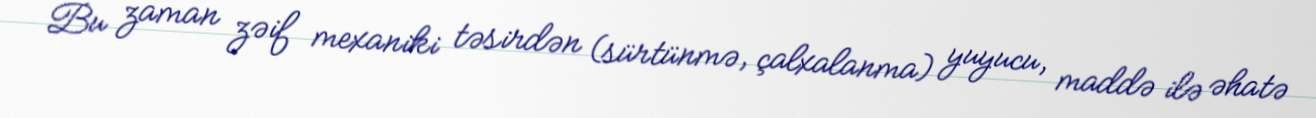
Bu zaman zəif mexaniki təsirdən (sürtünmə, çalxalanma) yuyucu, maddə ilə əhatə